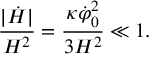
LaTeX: { \frac { | \dot { H } | } { H ^ { 2 } } } = { \frac { \kappa \dot { \varphi } _ { 0 } ^ { 2 } } { 3 H ^ { 2 } } } \ll 1 .